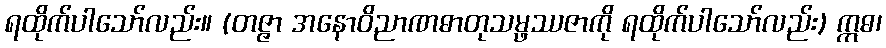
ရထိုက်ပါသော်လည်း။ (တဇ္ဇာ အနောဝိညာဏဓာတုသမ္ဖဿဇာကို ရထိုက်ပါသော်လည်း) ဣဓ၊